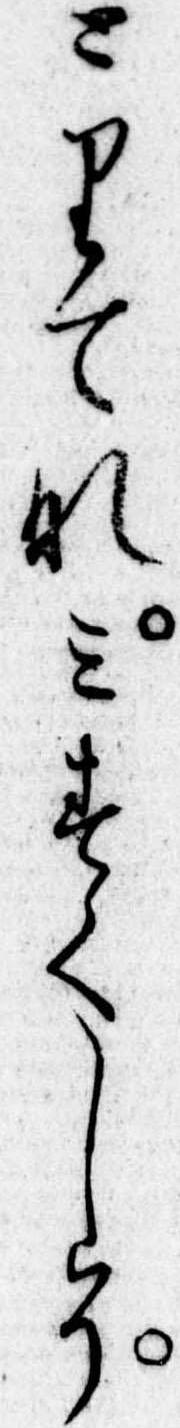
とりてなみすくしそ